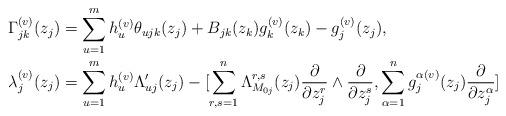
LaTeX: \begin{align*}\Gamma_{jk}^{(v)}(z_j)&=\sum_{u=1}^m h_u^{(v)}\theta_{ujk}(z_j)+B_{jk}(z_k)g_k^{(v)}(z_k)-g_j^{(v)}(z_j),\\\lambda_j^{(v)}(z_j)&=\sum_{u=1}^mh_u^{(v)}\Lambda_{uj}'(z_j)-[\sum_{r,s=1}^n \Lambda_{M_{0j}}^{r,s}(z_j)\frac{\partial}{\partial z_j^r}\wedge \frac{\partial}{\partial z_j^s},\sum_{\alpha=1}^n g_j^{\alpha(v)}(z_j)\frac{\partial}{\partial z_j^{\alpha}}]\end{align*}